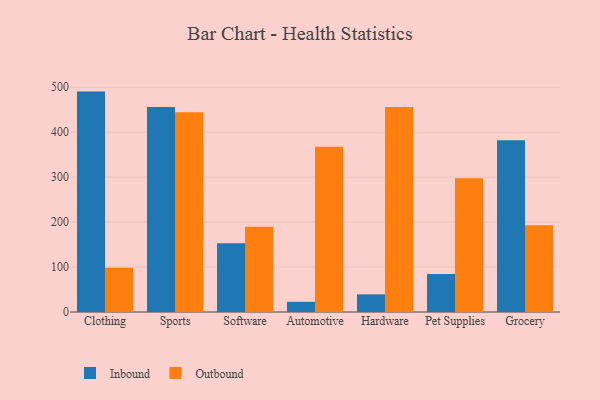
{"axis": {"x": "Category", "y": "Tickets Resolved"}, "legend": ["Inbound", "Outbound"], "data": [{"x": "Clothing", "y": 490.3, "type": "Inbound"}, {"x": "Clothing", "y": 98.5, "type": "Outbound"}, {"x": "Sports", "y": 456.1, "type": "Inbound"}, {"x": "Sports", "y": 444.6, "type": "Outbound"}, {"x": "Software", "y": 152.8, "type": "Inbound"}, {"x": "Software", "y": 189.5, "type": "Outbound"}, {"x": "Automotive", "y": 22.7, "type": "Inbound"}, {"x": "Automotive", "y": 367.7, "type": "Outbound"}, {"x": "Hardware", "y": 39.2, "type": "Inbound"}, {"x": "Hardware", "y": 456.1, "type": "Outbound"}, {"x": "Pet Supplies", "y": 84.4, "type": "Inbound"}, {"x": "Pet Supplies", "y": 297.4, "type": "Outbound"}, {"x": "Grocery", "y": 382.3, "type": "Inbound"}, {"x": "Grocery", "y": 193.1, "type": "Outbound"}]}